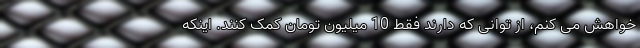
خواهش می کنم، از توانی که دارند فقط 10 میلیون تومان کمک کنند. اینکه